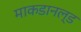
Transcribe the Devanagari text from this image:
माकडानल्ड